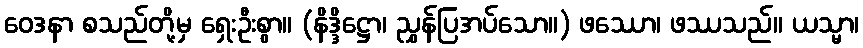
ဝေဒနာ စသည်တို့မှ ရှေးဦးစွာ။ (နိဒ္ဒိဋ္ဌော၊ ညွှန်ပြအပ်သော။) ဖဿော၊ ဖဿသည်။ ယသ္မာ၊